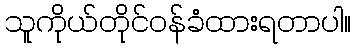
သူကိုယ်တိုင်ဝန်ခံထားရတာပါ။